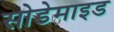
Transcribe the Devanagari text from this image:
सोडेमाइड